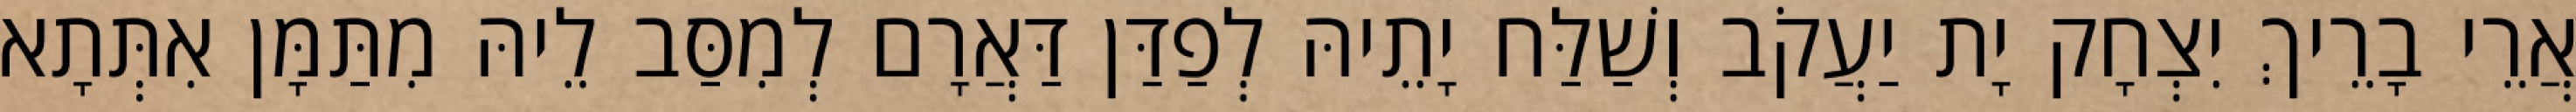
אֲרֵי בָרֵיךְ יִצְחָק יָת יַעֲקֹב וְשַׁלַּח יָתֵיהּ לְפַדַּן דַּאֲרָם לְמִסַּב לֵיהּ מִתַּמָּן אִתְּתָא